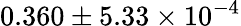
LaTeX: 0.360\pm 5.33\times 10^{-4}